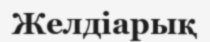
Желдіарық